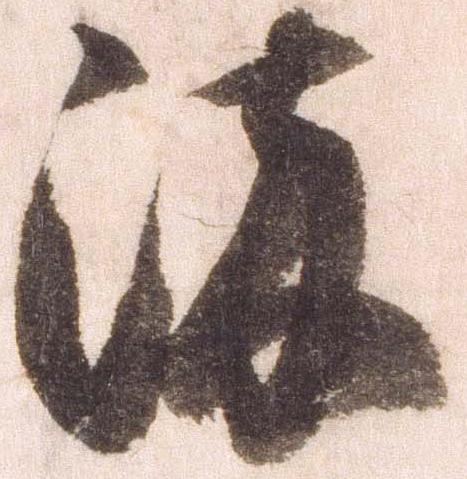
染